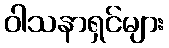
ဝါသနာရှင်များ